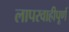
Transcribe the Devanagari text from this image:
लापरवाहीपूर्ण